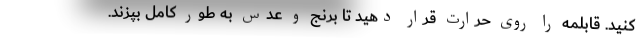
کنید. قابلمه را روی حرارت قرار دهید تا برنج و عدس به طور کامل بپزند.